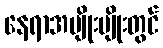
နေရာအမျိုးမျိုးတွင်